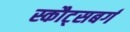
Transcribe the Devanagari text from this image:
स्कौट्सबर्ग